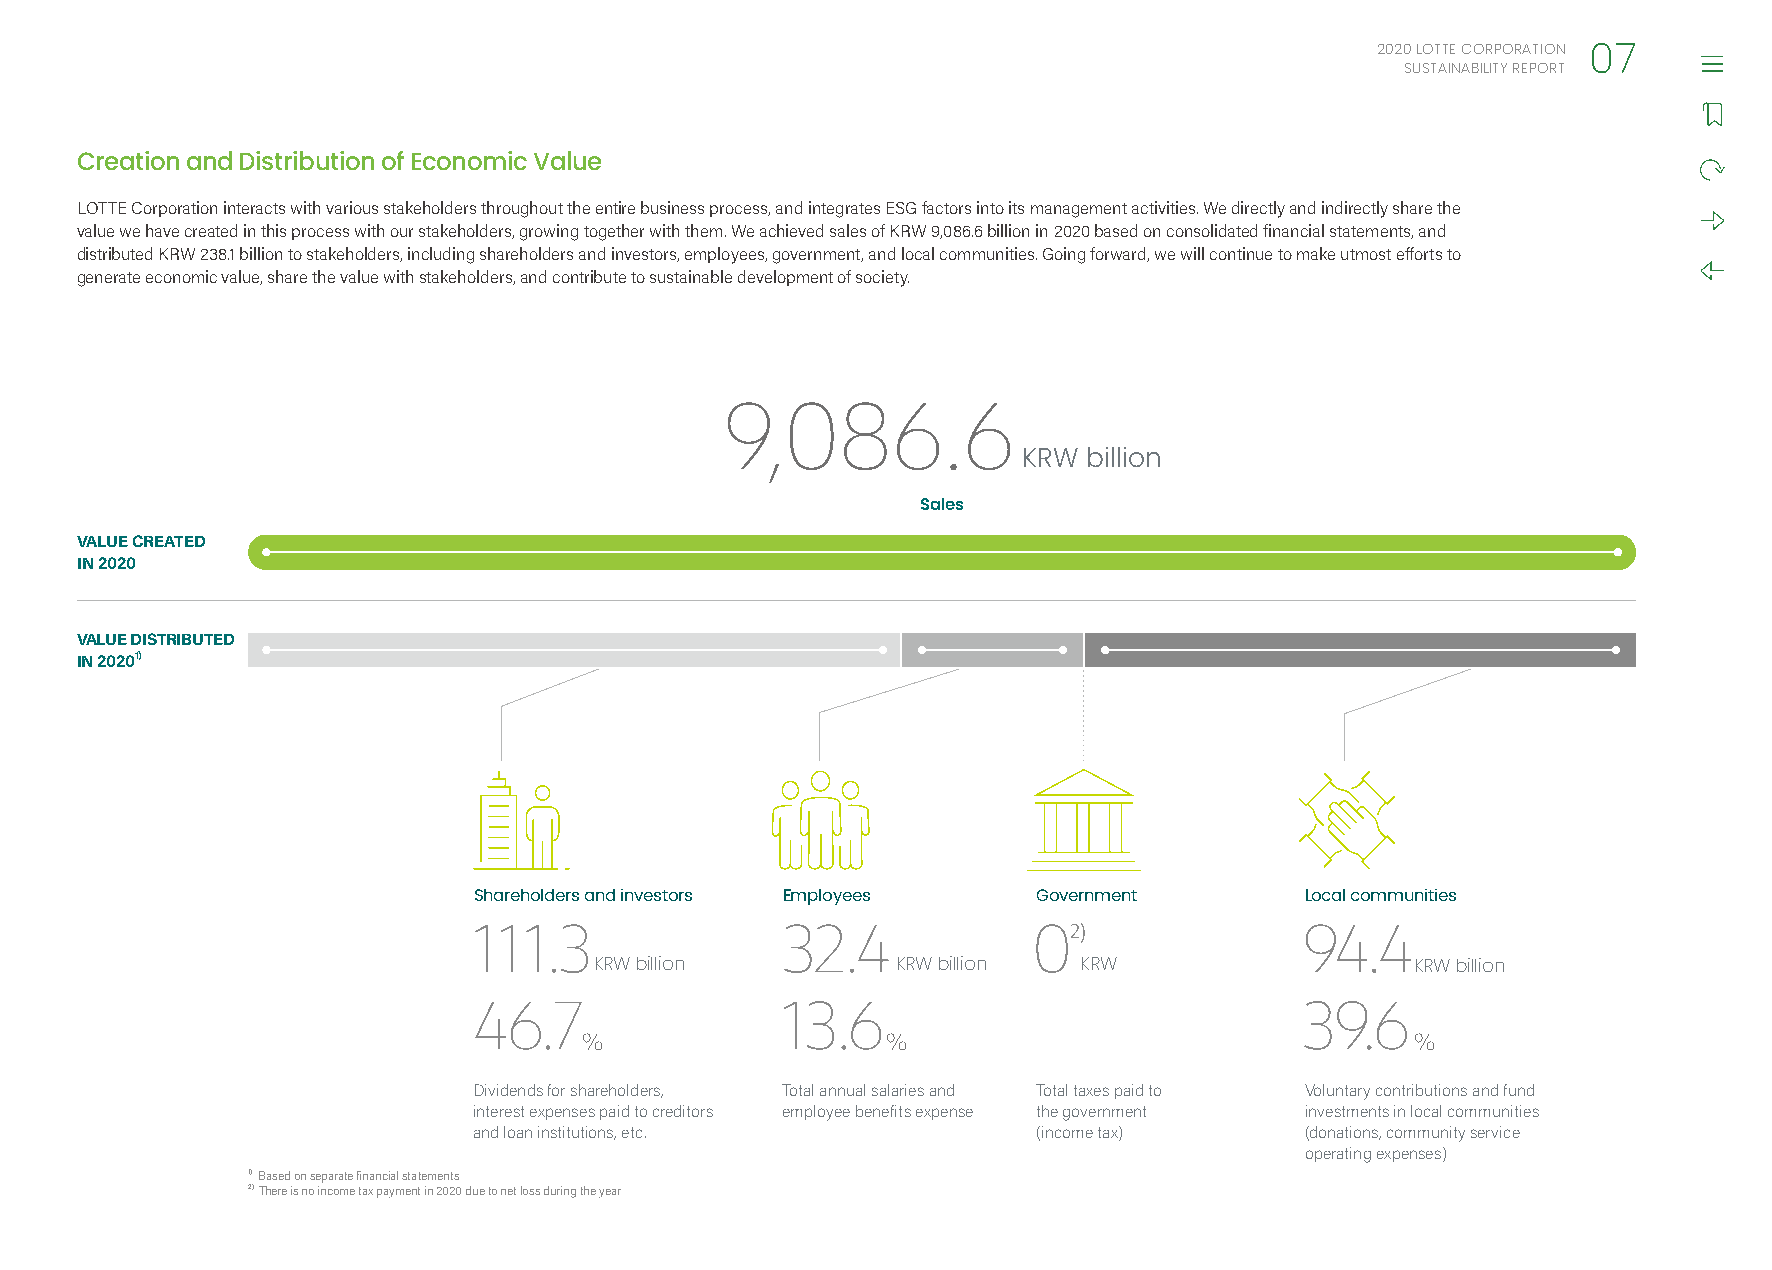
2020 LOTTE CORPORATION
 07
 SUSTAINABILITY REPORT
 Creation and Distribution of Economic Value
 LOTTE Corporation interacts with various stakeholders throughout the entire business process, and integrates ESG factors into its management activities. We directly and indirectly share the
 value we have created in this process with our stakeholders, growing together with them. We achieved sales of KRW 9,086.6 billion in 2020 based on consolidated financial statements, and
 distributed KRW 238.1 billion to stakeholders, including shareholders and investors, employees, government, and local communities. Going forward, we will continue to make utmost efforts to
 generate economic value, share the value with stakeholders, and contribute to sustainable development of society.
 9,086.6
 KRW billion
 Sales
 VALUE CREATED
 IN 2020
 VALUE DISTRIBUTED
 IN 20201)
 Shareholders and investors Employees  Government       Local communities
 111.3                32.4            02)               94.4
 KRW billion         KRW billion  KRW                   KRW billion
 46.7                13.6                               39.6
 %                   %                                  %
 Dividends for shareholders, Total annual salaries and Total taxes paid to Voluntary contributions and fund
 interest expenses paid to creditors employee benefits expense the government investments in local communities
 and loan institutions, etc.           (income tax)     (donations, community service
 operating expenses)
 1) Based on separate financial statements
 2) There is no income tax payment in 2020 due to net loss during the year